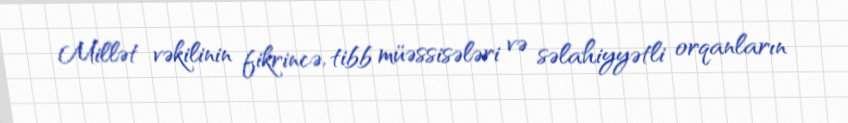
Millət vəkilinin fikrincə, tibb müəssisələri və səlahiyyətli orqanların